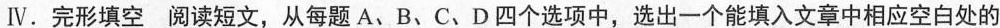
Ⅳ.完形填空 阅读短文,从每题 A、B、C、D 四个选项中,选出一个能填入文章中相应空白处的